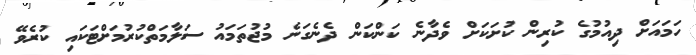
ހަމައަށް ދިއުމުގެ ކުރިން ކުށަކަށް ވެދާނެ ކަންކަން ދެނެގަނެ މުޖުތަމައު ސަލާމަތްކުރުމަށްޓަކައި ކުރެވޭ